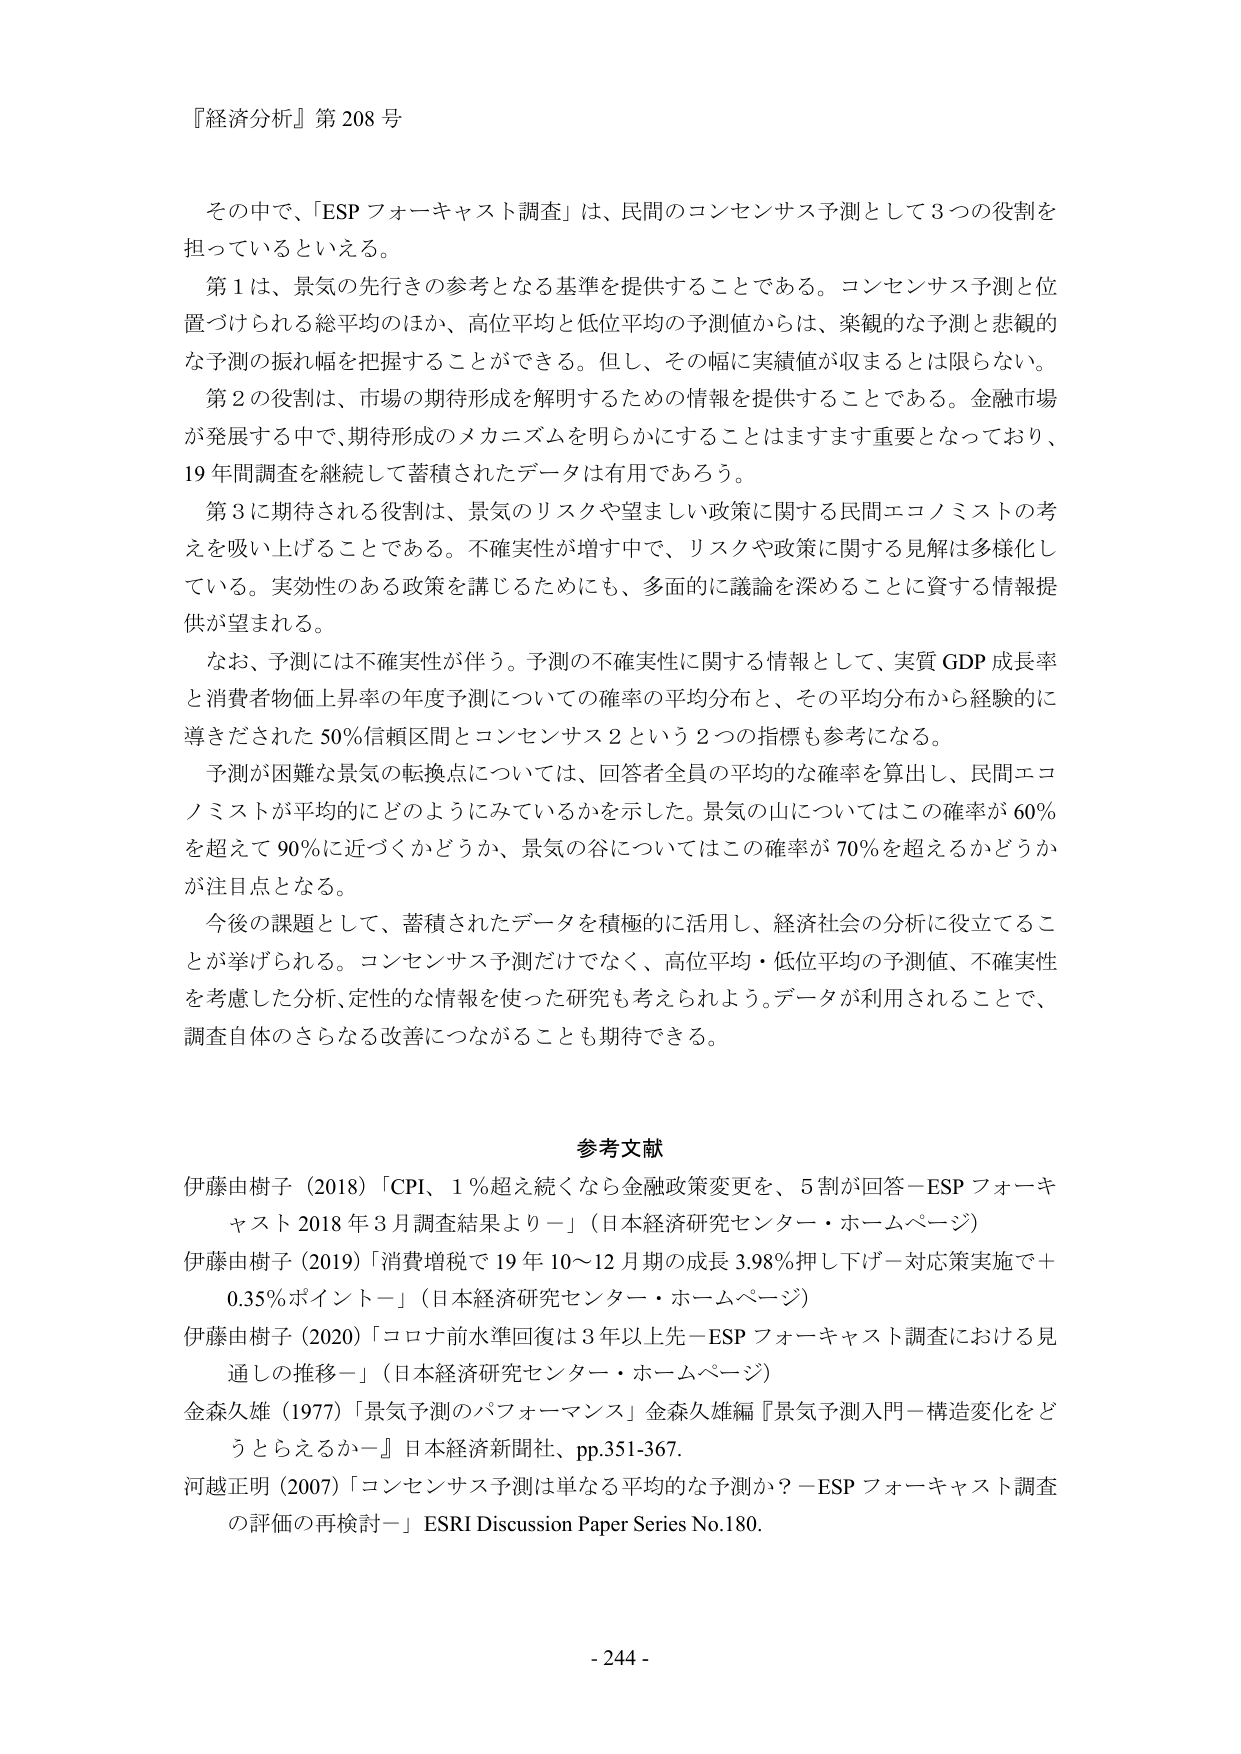
『経済分析』第208号

その中で、「ESPフォーキャスト調査」は、民間のコンセンサス予測として3つの役割を担っているといえる。

第1は、景気の先行きの参考となる基準を提供することである。コンセンサス予測と位置づけられる総平均のほか、高位平均と低位平均の予測値からは、楽観的な予測と悲観的な予測の振れ幅を把握することができる。但し、その幅に実績値が収まることは限らない。

第2の役割は、市場の期待形成を解明するための情報を提供することである。金融市場が発展する中で、期待形成のメカニズムを明らかにすることはますます重要となっており、19年間調査を継続して蓄積されたデータは有用であろう。

第3に期待される役割は、景気のリスクや望ましい政策に関する民間エコノミストの考えを吸い上げることである。不確実性が増す中で、リスクや政策に関する見解は多様化している。実効性のある政策を講じるためにも、多面的に議論を深めることに資する情報提供が望まれる。

なお、予測には不確実性が伴う。予測の不確実性に関する情報として、実質GDP成長率と消費者物価上昇率の年度予測についての確率の平均分布と、その平均分布から経験的に導きだされた50％信頼区間とコンセンサス2という2つの指標も参考になる。

予測が困難な景気の転換点については、回答者全員の平均的な確率を算出し、民間エコノミストが平均的にどのようにみているかを示した。景気の山についてはこの確率が60％を超えて90％に近づくかどうか、景気の谷についてはこの確率が70％を超えるかどうかが注目点となる。

今後の課題として、蓄積されたデータを積極的に活用し、経済社会の分析に役立てることが挙げられる。コンセンサス予測だけでなく、高位平均・低位平均の予測値、不確実性を考慮した分析、定性的な情報を使った研究も考えられよう。データが利用されることで、調査自体のさらなる改善につながることも期待できる。

参考文献

伊藤由樹子（2018）「CPI、1％超え続くなら金融政策変更を、5割が回答－ESPフォーキャスト2018年3月調査結果より－」（日本経済研究センター・ホームページ）

伊藤由樹子（2019）「消費増税で19年10～12月期の成長3.98％押し下げ－対応策実施で＋0.35％ポイント－」（日本経済研究センター・ホームページ）

伊藤由樹子（2020）「コロナ前水準回復は3年以上先－ESPフォーキャスト調査における見通しの推移－」（日本経済研究センター・ホームページ）

金森久雄（1977）「景気予測のパフォーマンス」金森久雄編『景気予測入門－構造変化をどうとらえるか－』日本経済新聞社、pp.351-367.

河越正明（2007）「コンセンサス予測は単なる平均的な予測か？－ESPフォーキャスト調査の評価の再検討－」ESRI Discussion Paper Series No.180.

- 244 -